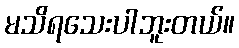
မသိရသေးပါဘူးတယ်။